Madras plague regulations and rules - Volume 2
Disease focus: Plague
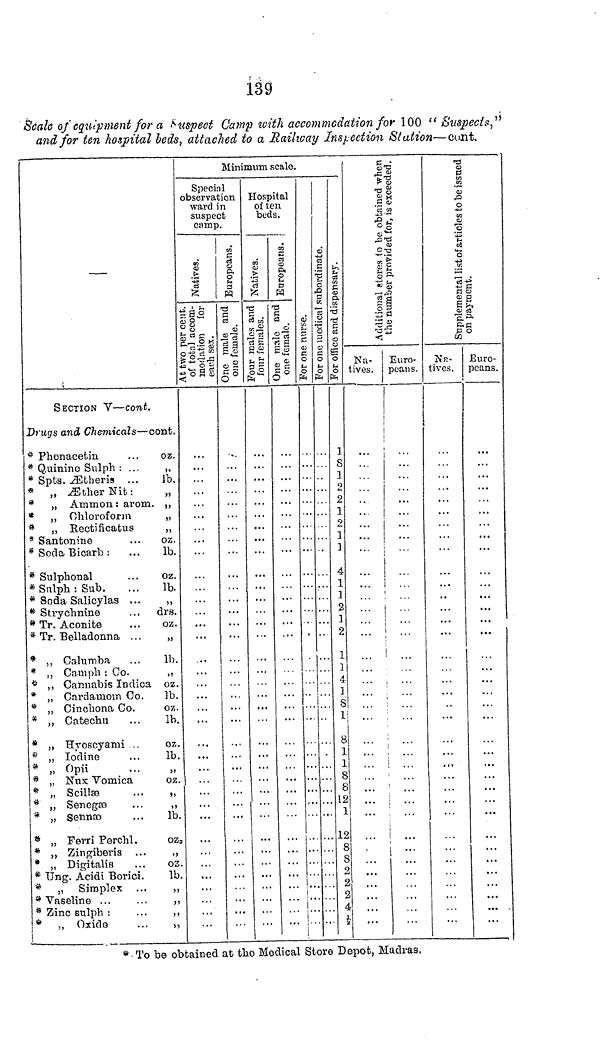
139
Scale of equipment for a Suspect Camp with accommodation for 100 "Suspects,"
and for ten hospital beds, attached to a Railway Inspection Station—cunt.
—
SECTION V — cont.
Drugs and Chemicals — cent.
* Phenacetin
... oz.
* Quinine Sulph : ...
,,
* Spts. Æthens ...
lb.
* „ Æther Nit :
„
* „ Ammon : arom. ,,
* ,, Chloroform
„
* ,, Rectificafrus
,,
* Santonine
... oz.
* Soda Bicarb : ...
lb.
* Sulphonal
...
oz.
* Sulph: Sub. ...
lb.
* Soda Salicylas ...
,,
* Strychnine
... drs.
* Tr. Aconite
...
oz.
* Tr. Belladonna ...
„
* ,, Calumba ...
lb.
* „ Cauiph : Co.
* ,, Cannabis Indica oz.
* „ Cardamom Co.
lb.
* „ Cinchona Co.
oz.
* ,, Catechu
...
lb.
* „ Hyoscyami .
oz.
* „ Iodine
...
lb.
* „ Opii
* „ Nux Vomica
oz.
* „
Scillæ
...
„
* „ Senegæ ...
,,
* „
Sennæ
...
lb.
* „ Fevri Perchl.
oz.
* „ Zingiberis ...
,,
* „ Digitalis
...
oz.
* Ung. Acidi Borici.
lb.
* „ Simplex ...
,,
* Vaseline ...
...
,,
* Zinc sulpb :
...
,,
* „ Oxide
Minimum scale.
Specinl
observation
ward in
suspect
camp.
Natives.
At two cent.
of total accom-
modation for
each sex.
...
...
Europeans.
One male and
one female.
Hospital
of ten
buds,
Natives.
Four males and
four females.
Europeans.
One male and
one female. For one nurse.
For one medical subordinate.
For office and dispensary.
1
8
1
2
' }
2
1
1
4
1
1
2
1
2
1
1
1
8
1
8
i
1
8
8
12
1
1?
8
8
2
?
V
4
½
Additional stores to be obtained when
Na-
tives.
...
...
the number provided for, is exceeded.
Euro-
peans.
...
...
Supplemental list of articles to be iss
Na-
tives.
on payment.
Euro-
peans.
...
...
* To be obtained at the Medical Store Depot, Madras,